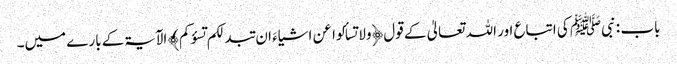
باب : نبیﷺ کی اتباع اور اللہ تعالیٰ کے قول ﴿ولا تسألوا عن اشیاءَ ان تبدلکم تسؤکم﴾ الآیۃکے بارے میں۔